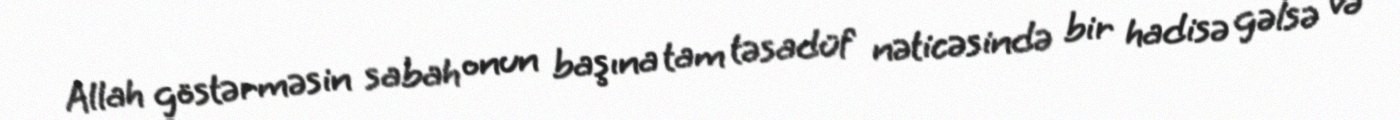
Allah göstərməsin sabah onun başına tam təsadüf nəticəsində bir hadisə gəlsə və